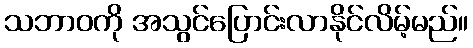
သဘာဝကို အသွင်ပြောင်းလာနိုင်လိမ့်မည်။